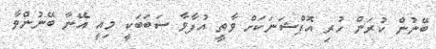
ބޭނުން ކުރަން ހުރި އޮޕްޝަނަކަށް ވާތީ އުފާވާ ސަބަބަކީ މިއީ އޭނާ ބޭނުންވާ